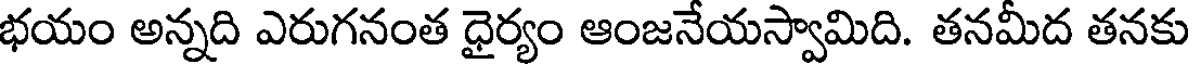
భయం అన్నది ఎరుగనంత ధైర్యం ఆంజనేయస్వామిది. తనమీద తనకు